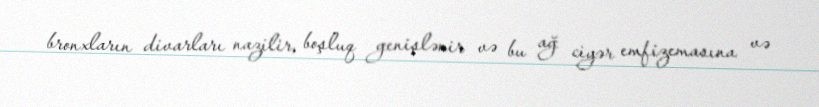
bronxların divarları nazilir, boşluq genişlənir və bu ağ ciyər emfizemasına və